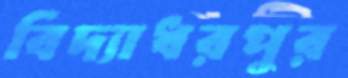
বিদ্যাধরপুর